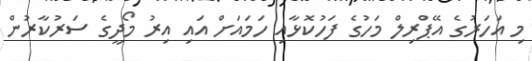
މި އަހަރުގެ އޭޕްރިލް މަހުގެ ފަހުކޮޅާއި ހަމައަށް އައި އިރު މޯދީގެ ސަރުކާރުން